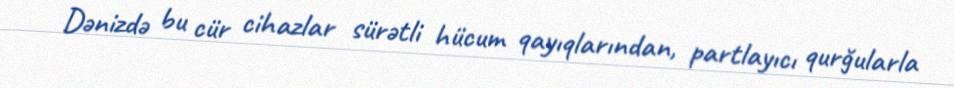
Dənizdə bu cür cihazlar sürətli hücum qayıqlarından, partlayıcı qurğularla